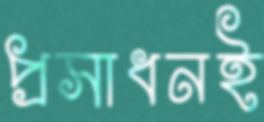
প্রসাধনই